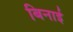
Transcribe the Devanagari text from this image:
बिनाई